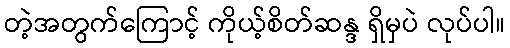
တဲ့အတွက်ကြောင့် ကိုယ့်စိတ်ဆန္ဒ ရှိမှပဲ လုပ်ပါ။